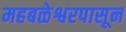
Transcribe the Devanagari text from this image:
महबळेश्वरपासून